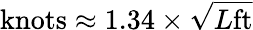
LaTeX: {\mathrm{knots}}\approx 1.34\times{\sqrt{L{\mathrm{ft}}}}